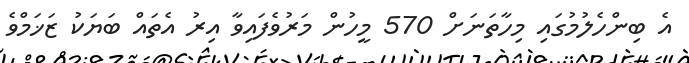
އެ ބިންހެލުމުގައި މިހާތަނަށް 570 މީހުން މަރުވެފައިވާ އިރު އެތައް ބަޔަކު ޒަޚަމްވެ